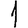
Digit: 1